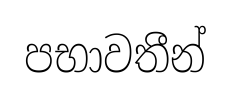
පභාවතීන්